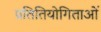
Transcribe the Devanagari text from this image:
प्रतितियोगिताओं